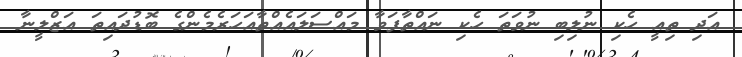
އަދި ތިއީ ހެކި ނުލިބި ނުވަތަ ހެކި ނައްތާފަވާ މައްސަލައެއްތާއަހަރެމެންގެ ބޮޑުދައިތަ އަޒްލީނާ